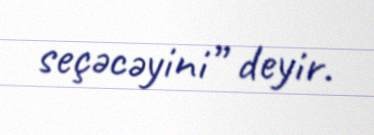
seçəcəyini” deyir.